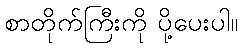
စာတိုက်ကြီးကို ပို့ပေးပါ။